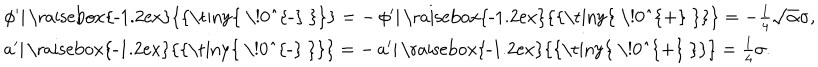
LaTeX: \left. \begin{array} { l } { { \left. \phi ^ { \prime } \right| { \mathrm { \raisebox { - 1 . 2 e x } { { \tiny { ~ \! 0 ^ { - } ~ } } } } } = - \left. \phi ^ { \prime } \right| { \mathrm { \raisebox { - 1 . 2 e x } { { \tiny { ~ \! 0 ^ { + } ~ } } } } } = - \frac { 1 } { 4 } \sqrt { \alpha } \sigma , } } \\ { { \left. a ^ { \prime } \right| { \mathrm { \raisebox { - 1 . 2 e x } { { \tiny { ~ \! 0 ^ { - } ~ } } } } } = - \left. a ^ { \prime } \right| { \mathrm { \raisebox { - 1 . 2 e x } { { \tiny { ~ \! 0 ^ { + } ~ } } } } } = \frac { 1 } { 4 } \sigma . } } \\ \end{array} \right.